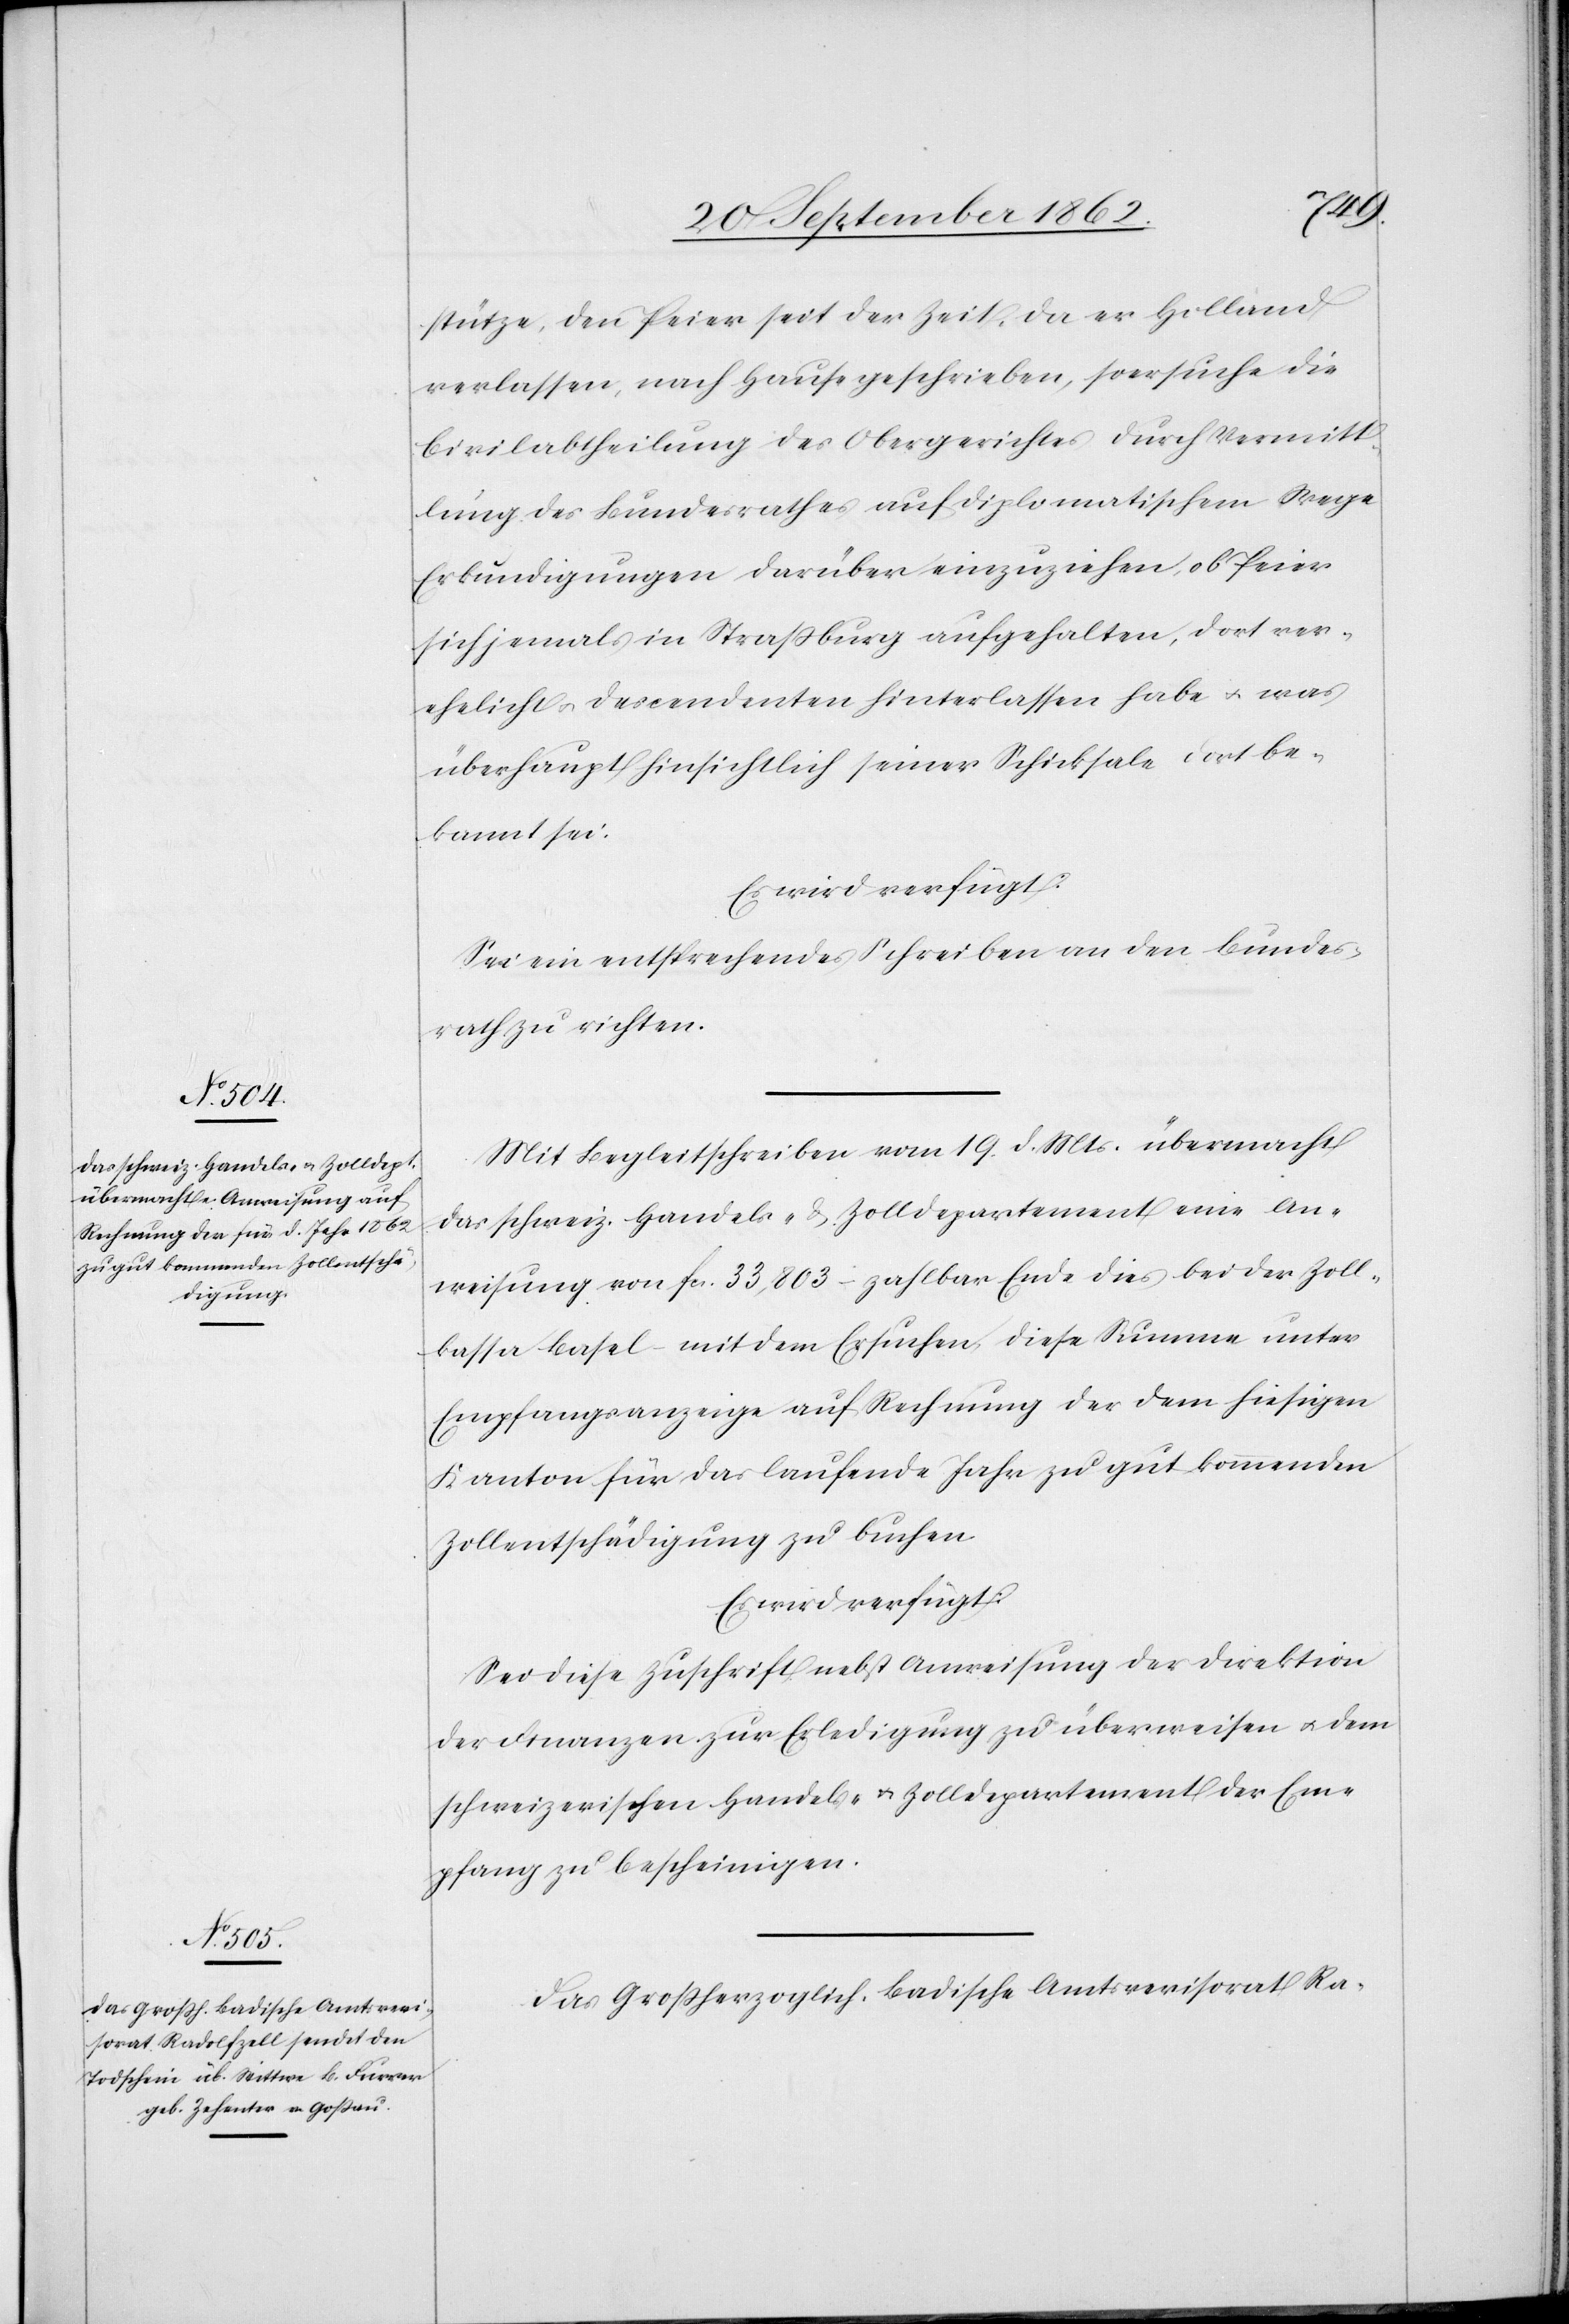
den
23. September 1862.]
stütze, den Peier seit der Zeit, da er Holland
verlassen, nach Hause geschrieben, so ersuche die
Civilabtheilung des Obergerichtes durch Vermitt¬
lung des Bundesrathes auf diplomatischem Wege
Erkundigungen darüber einzuziehen, ob Peier
sich jemals in Straßburg aufgehalten, dort ver¬
ehelicht u. Descendenten hinterlassen habe u. was
überhaupt hinsichtlich seiner Schicksale dort be¬
kannt sei.
Es wird verfügt:
Sei ein entsprechendes Schreiben an den Bundes¬
rath zu richten.
Mit Begleitschreiben vom 19. d. Mts. übermacht
das schweiz. Handels- u. Zolldepartement eine An¬
weisung von fcs. 33,803 – zahlbar Ende dies bei der Zoll¬
kassa Basel – mit dem Ersuchen, diese Summe unter
Empfangsanzeige auf Rechnung der dem hiesigen
Kanton für das laufende Jahr zu gut kommenden
Zollentschädigung zu buchen.
Es wird verfügt:
Sei diese Zuschrift nebst Anweisung der Direktion
der Finanzen zur Erledigung zu überweisen u. dem
schweizerischen Handels- u. Zolldepartement der Em¬
pfang zu bescheinigen.
Das Großherzoglich-Badische Amtsrevisorat Ra-